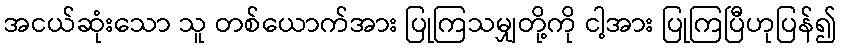
အငယ်ဆုံးသော သူ တစ်ယောက်အား ပြုကြသမျှတို့ကို ငါ့အား ပြုကြပြီဟုပြန်၍